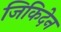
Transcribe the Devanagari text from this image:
जिकिदेन